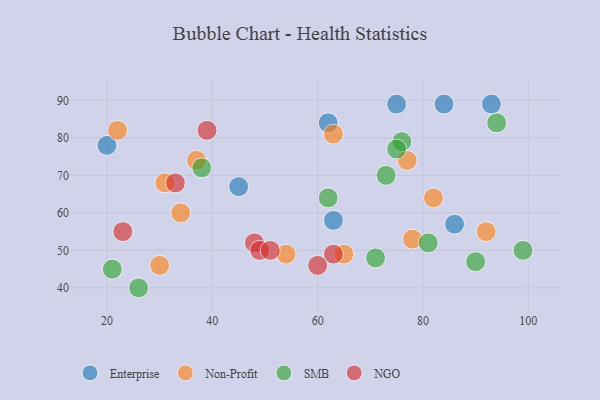
{"axis": {"x": "GDP", "y": "Life Expectancy"}, "legend": ["Enterprise", "NGO", "Non-Profit", "SMB"], "data": [{"x": "86", "y": 57, "type": "Enterprise"}, {"x": "75", "y": 89, "type": "Enterprise"}, {"x": "63", "y": 58, "type": "Enterprise"}, {"x": "20", "y": 78, "type": "Enterprise"}, {"x": "62", "y": 84, "type": "Enterprise"}, {"x": "93", "y": 89, "type": "Enterprise"}, {"x": "45", "y": 67, "type": "Enterprise"}, {"x": "84", "y": 89, "type": "Enterprise"}, {"x": "22", "y": 82, "type": "Non-Profit"}, {"x": "63", "y": 81, "type": "Non-Profit"}, {"x": "30", "y": 46, "type": "Non-Profit"}, {"x": "92", "y": 55, "type": "Non-Profit"}, {"x": "34", "y": 60, "type": "Non-Profit"}, {"x": "77", "y": 74, "type": "Non-Profit"}, {"x": "54", "y": 49, "type": "Non-Profit"}, {"x": "82", "y": 64, "type": "Non-Profit"}, {"x": "31", "y": 68, "type": "Non-Profit"}, {"x": "65", "y": 49, "type": "Non-Profit"}, {"x": "37", "y": 74, "type": "Non-Profit"}, {"x": "78", "y": 53, "type": "Non-Profit"}, {"x": "38", "y": 72, "type": "SMB"}, {"x": "76", "y": 79, "type": "SMB"}, {"x": "75", "y": 77, "type": "SMB"}, {"x": "94", "y": 84, "type": "SMB"}, {"x": "81", "y": 52, "type": "SMB"}, {"x": "90", "y": 47, "type": "SMB"}, {"x": "73", "y": 70, "type": "SMB"}, {"x": "71", "y": 48, "type": "SMB"}, {"x": "26", "y": 40, "type": "SMB"}, {"x": "99", "y": 50, "type": "SMB"}, {"x": "21", "y": 45, "type": "SMB"}, {"x": "62", "y": 64, "type": "SMB"}, {"x": "23", "y": 55, "type": "NGO"}, {"x": "48", "y": 52, "type": "NGO"}, {"x": "63", "y": 49, "type": "NGO"}, {"x": "33", "y": 68, "type": "NGO"}, {"x": "49", "y": 50, "type": "NGO"}, {"x": "51", "y": 50, "type": "NGO"}, {"x": "60", "y": 46, "type": "NGO"}, {"x": "39", "y": 82, "type": "NGO"}]}